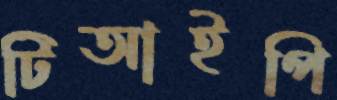
টিআইপি